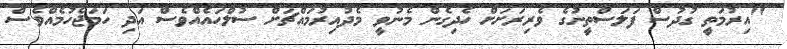
"އިރުމަތީ ގުދުސް ފަލަސްތީނުގެ ވެރިރަށަށް ހެދިގެން މެނުވީ މެދުއިރުމައްޗަށް ސުލްހައެއްވެސް އަދި ހަމަޖެހުމެއްވެސް